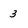
Character: 3